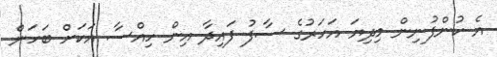
އެ ކުންފުނިން މިދިޔަ އަހަރުގެ ސާފު ފައިދާ އިން ހިއްސާ އަކަށް ބަހަން